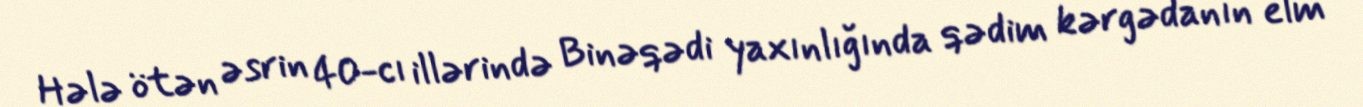
Hələ ötən əsrin 40-cı illərində Binəqədi yaxınlığında qədim kərgədanın elm